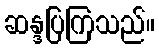
ဆန္ဒပြကြသည်။